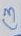
Text: C3